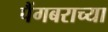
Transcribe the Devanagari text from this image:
पैंगबराच्या